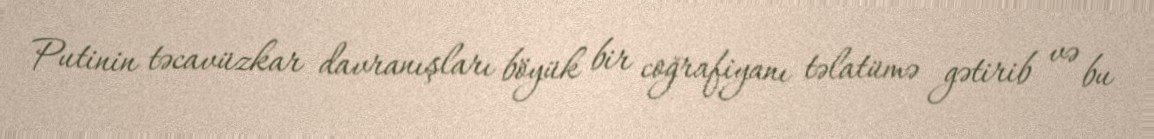
Putinin təcavüzkar davranışları böyük bir coğrafiyanı təlatümə gətirib və bu